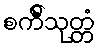
စင်္ကီသုတ္တံ